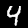
Digit: 4